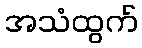
အသံထွက်